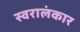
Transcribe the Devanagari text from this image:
स्वरालंकार